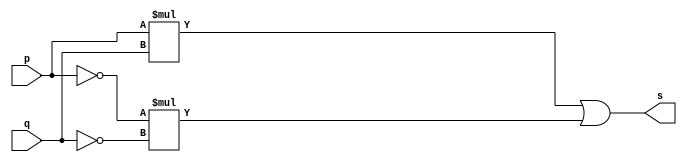
// ----------------------------------------
// Exerccio0007 - XNOR
// Nome: Joo Henrique Mendes de Oliveira
// ----------------------------------------

// -------------------------
// -- xnor gate
// -------------------------

module xnorgate(output s, input p, q);
	assign s = p*q | ~p*~q;
endmodule //-- xnorgate

// -------------------------
// -- test xnor gate
// -------------------------

module testxnorgate;
	reg a, b;
	wire s;
	
	xnorgate XNOR1(s, a, b);
	
	initial begin:start
		a = 0; b = 0;
	end //-- start
	
	initial begin:main
		$display("Exerccio0007 - Joo Henrique - 392734");
		$display("Test XNOR gate");
		$display("\nab | ~a~b = s\n");
		$monitor("%b%b + ~%b~%b = %b", a, b, a, b, s);
		
	#1 a = 0; b = 0;
	#1 a = 0; b = 1;
	#1 a = 1; b = 0;
	#1 a = 1; b = 1;
	
	end //-- main

endmodule //-- testxnorgate